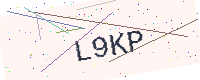
Text: L9KP